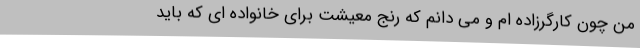
من چون کارگرزاده ام و می دانم که رنج معیشت برای خانواده ای که باید